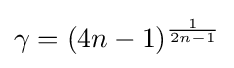
\gamma =(4n-1)^{\frac {1}{2n-1}}